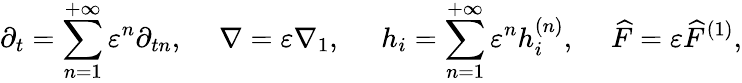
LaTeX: {\partial_{t}}=\sum_{n=1}^{+\infty}{{\varepsilon^{n}}{\partial_{tn}},}\; \; \; \; \; \nabla=\varepsilon{\nabla_{1}},\; \; \; \; \; {h_{i}}=\sum_{n=1}^{+\infty}{{\varepsilon^{n}}h_{i}^{\left(n\right)},}\; \; \; \; \; \widehat F=\varepsilon{\widehat F^{\left(1\right)}},